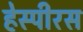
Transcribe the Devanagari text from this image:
हेस्पीरस